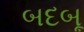
બદબૂ